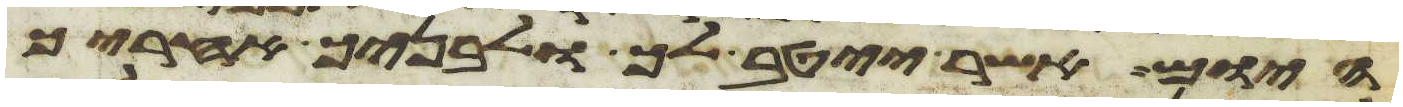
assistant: היום אשר ייטב לך ולבניך אחריך